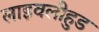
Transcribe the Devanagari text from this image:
लाइवलीहुड